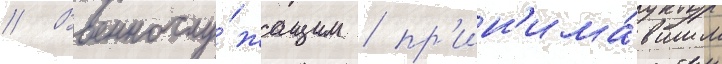
// Военнослу́жащим / пр'ин'има́вшим